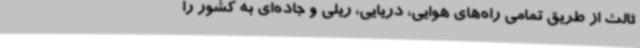
ثالث از طریق تمامی راه‌های هوایی، دریایی، ریلی و جاده‌ای به کشور را